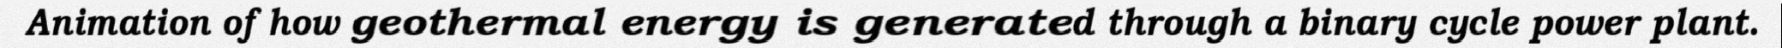
Animation of how geothermal energy is generated through a binary cycle power plant.